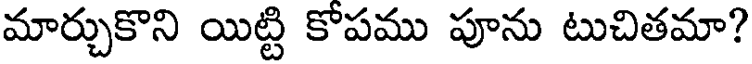
మార్చుకొని యిట్టి కోపము పూను టుచితమా?